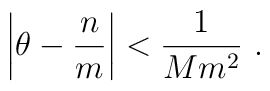
\left| \theta - \frac{n}{m} \right|  < \frac{1}{M m^2}\ .